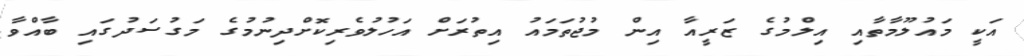
އަކީ މައުލޫމާތާއި އިލްމުގެ ޒަރީއާ އިން މުޖުތަމައު އިތުރަށް އަހުލުވެރިކޮށްދިނުމުގެ މަގުސަދުގައި ބާއްވާ